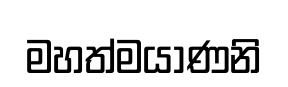
මහත්මයාණනි